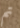
تم